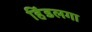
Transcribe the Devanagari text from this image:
हिंडलगा